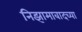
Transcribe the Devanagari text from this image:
निझामाबादच्या